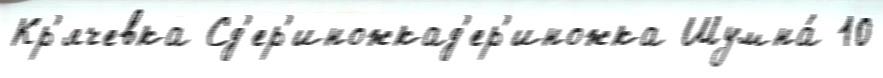
Кр'ячевка Сд'ер'иножкад'ер'иножка Шумна́ 10